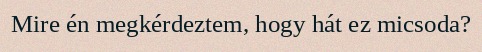
Mire én megkérdeztem, hogy hát ez micsoda?